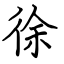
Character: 徐